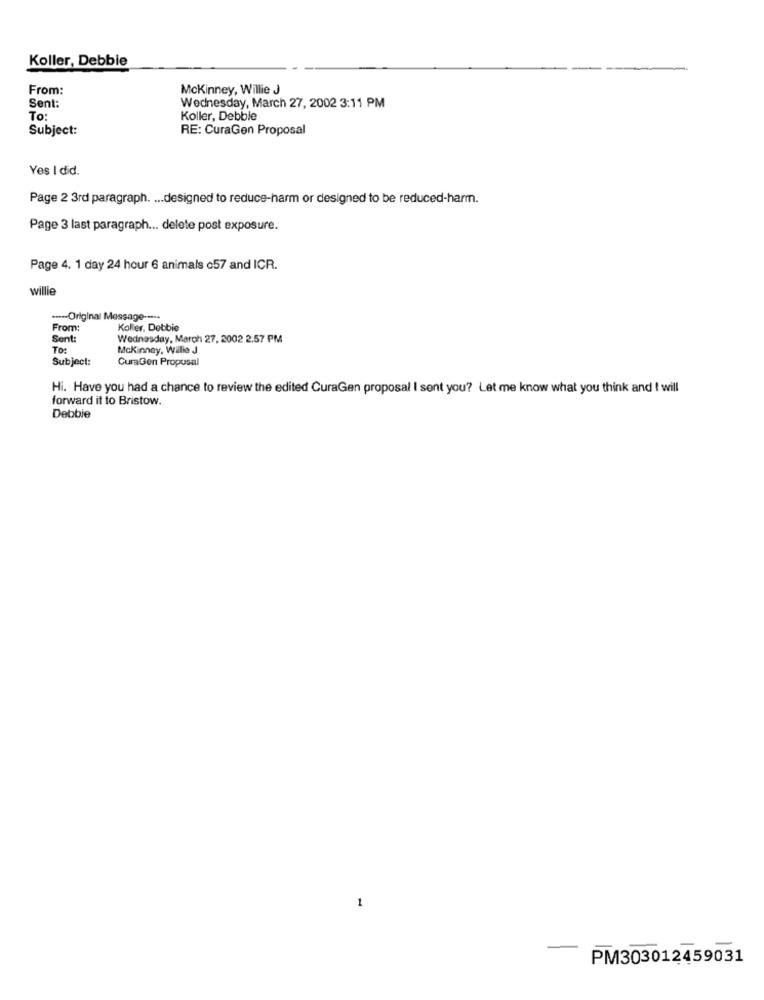
Koller, Debbie
From:
Mckinney, Willie J
Sent:
Wednesday, March 27, 2002 3:11 PM
To:
Koller, Debble
Subject:
RE: CuraGen Proposal
Yes I did.
Page 2 3rd paragraph. ... designed to reduce-harm or designed to be reduced-harm.
Page 3 last paragraph ... delete post exposure.
Page 4. 1 day 24 hour 6 animals c57 and ICR.
willie
---- Original Message --..
From:
Koller, Debbie
Sent:
Wednesday, March 27, 2002 2.57 PM
TO:
Mckinney, Willie J
Subject:
CuraGen Proposal
Hi. Have you had a chance to review the edited CuraGen proposal I sent you? Let me know what you think and I will
forward it to Bristow.
Debbie
1
-
PM303012459031